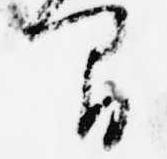
間